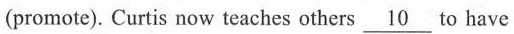
(promote). Curtis now teaches others\underline{10}